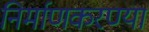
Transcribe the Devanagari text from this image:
निर्माणकरण्या